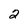
Character: 2